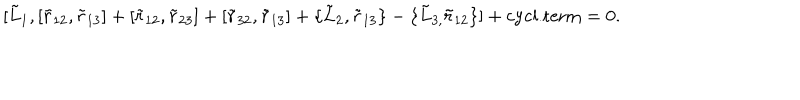
LaTeX: \lbrack \tilde { L } _ { 1 } , [ \tilde { r } _ { 1 2 } , \tilde { r } _ { 1 3 } ] + [ \tilde { r } _ { 1 2 } , \tilde { r } _ { 2 3 } ] + [ \tilde { r } _ { 3 2 } , \tilde { r } _ { 1 3 } ] + \{ \tilde { L } _ { 2 } , \tilde { r } _ { 1 3 } \} - \{ \tilde { L } _ { 3 , } \tilde { r } _ { 1 2 } \} ] + \mathrm { c y c l . t e r m } = 0 .